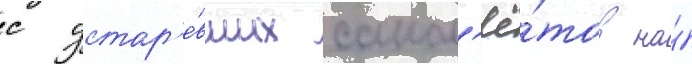
с устар'е́вших самол'ё́тов на́